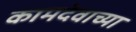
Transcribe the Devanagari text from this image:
कामदेवाच्या